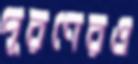
পূরণেরও